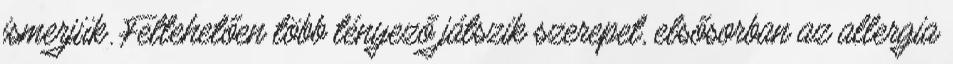
ismerjük. Feltehetően több tényező játszik szerepet, elsősorban az allergia